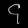
Digit: ၄